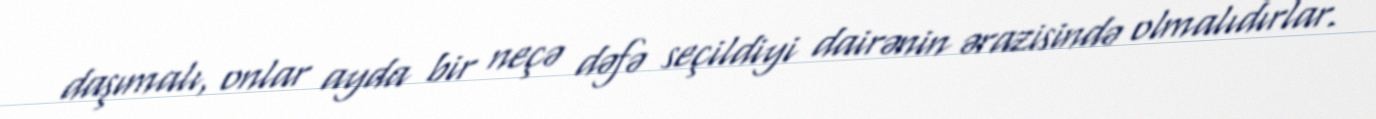
daşımalı, onlar ayda bir neçə dəfə seçildiyi dairənin ərazisində olmalıdırlar.